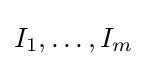
I_{1},\ldots ,I_{m}